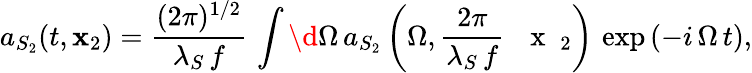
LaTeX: a_{S_{2}}(t,{\mathbf x}_{2})=\frac{(2\pi)^{1/2}}{\lambda_{S}\, f}\, \int\d\Omega\, a_{S_{2}}\left(\Omega,\frac{2\pi}{\lambda_{S}\, f}\, \mathrm{~\textbf~{~x~}~}_{2}\right)\, \exp\left(-i\, \Omega\, t\right),